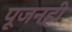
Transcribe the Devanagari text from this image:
पूजनही